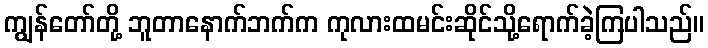
ကျွန်တော်တို့ ဘူတာနောက်ဘက်က ကုလားထမင်းဆိုင်သို့ရောက်ခဲ့ကြပါသည်။